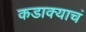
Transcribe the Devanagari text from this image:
कडाक्याचं